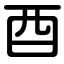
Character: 酉